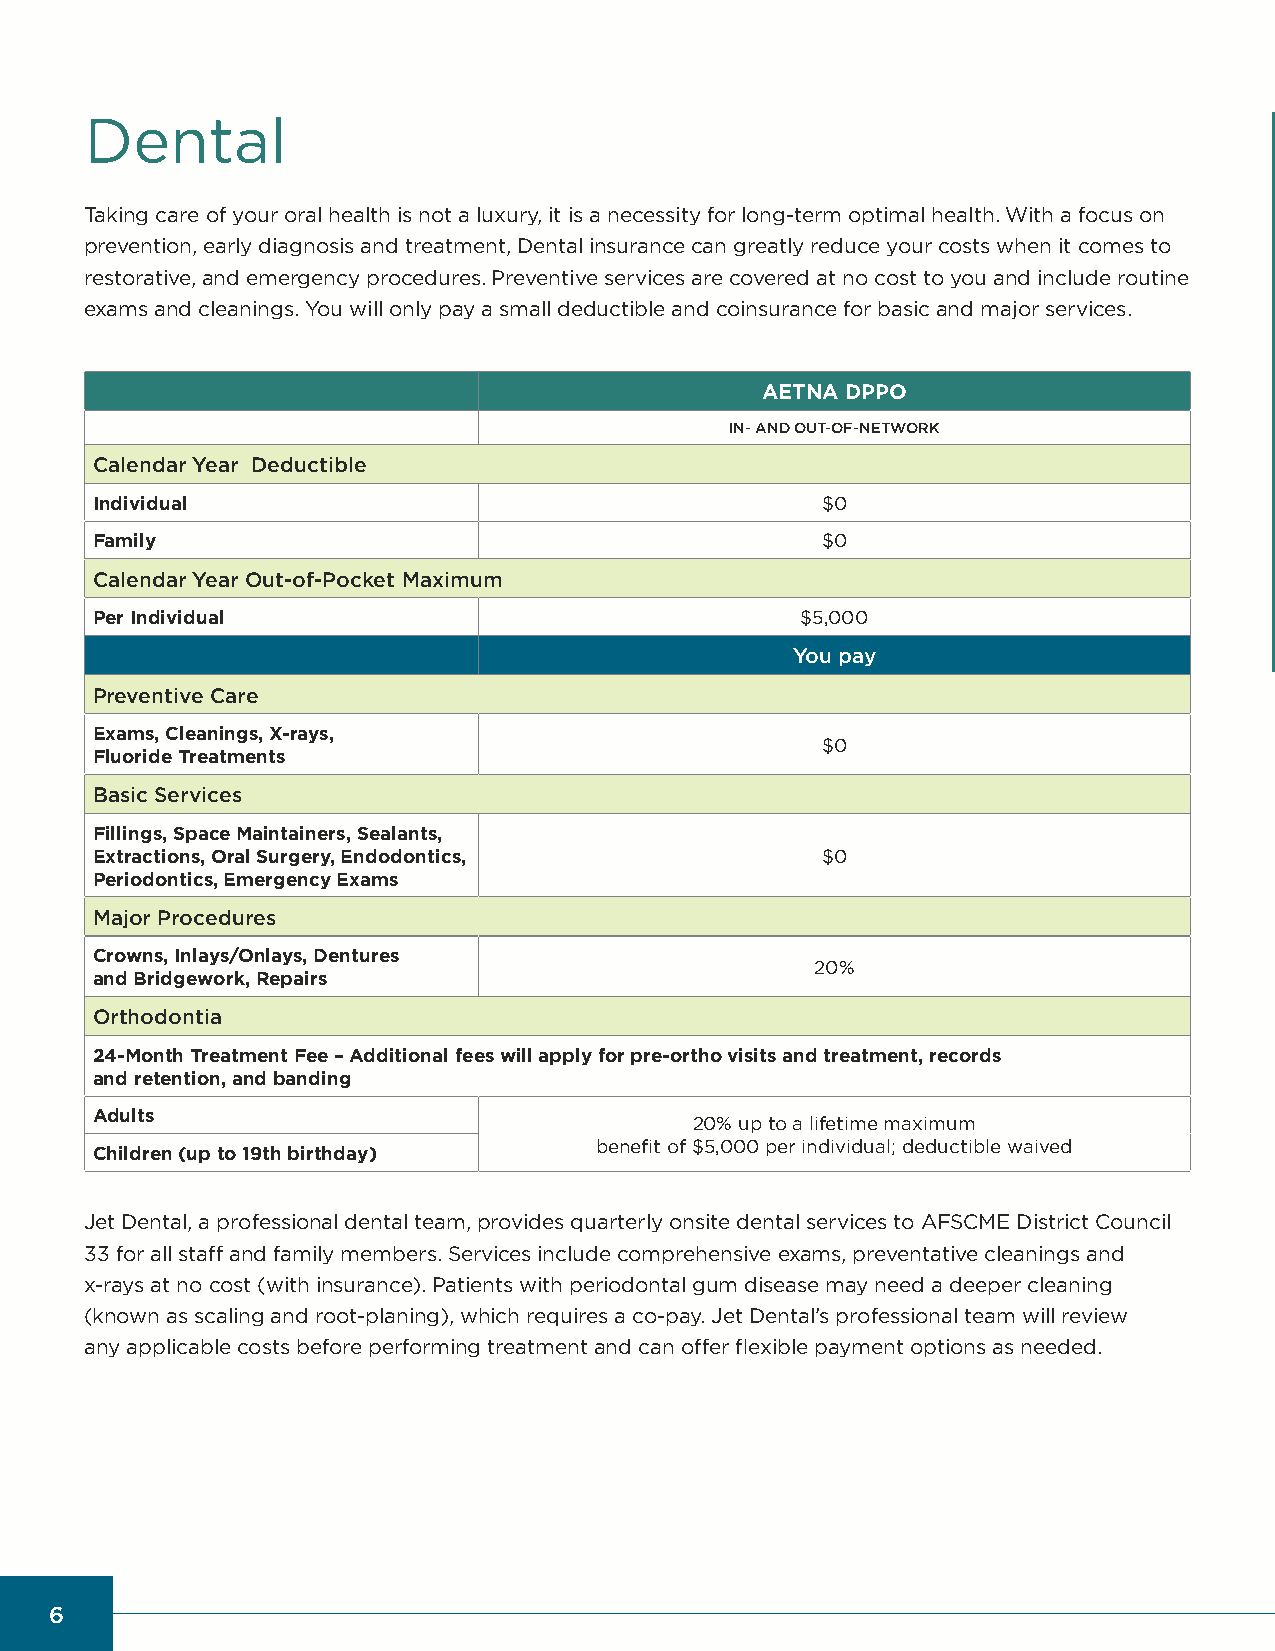
Dental
 Taking care of your oral health is not a luxury, it is a necessity for long-term optimal health . With a focus on
 prevention, early diagnosis and treatment, Dental insurance can greatly reduce your costs when it comes to
 restorative, and emergency procedures . Preventive services are covered at no cost to you and include routine
 exams and cleanings . You will only pay a small deductible and coinsurance for basic and major services .
 AETNA DPPO
 IN- AND OUT-OF-NETWORK
 Calendar Year Deductible
 Individual                                      $0
 Family                                          $0
 Calendar Year Out-of-Pocket Maximum
 Per Individual                                 $5,000
 You pay
 Preventive Care
 Exams, Cleanings, X-rays,
 $0
 Fluoride Treatments
 Basic Services
 Fillings, Space Maintainers, Sealants,
 Extractions, Oral Surgery, Endodontics,         $0
 Periodontics, Emergency Exams
 Major Procedures
 Crowns, Inlays/Onlays, Dentures
 20%
 and Bridgework, Repairs
 Orthodontia
 24-Month Treatment Fee – Additional fees will apply for pre-ortho visits and treatment, records
 and retention, and banding
 Adults
 20% up to a lifetime maximum
 benefit of $5,000 per individual; deductible waived
 Children (up to 19th birthday)
 Jet Dental, a professional dental team, provides quarterly onsite dental services to AFSCME District Council
 33 for all staff and family members . Services include comprehensive exams, preventative cleanings and
 x-rays at no cost (with insurance) . Patients with periodontal gum disease may need a deeper cleaning
 (known as scaling and root-planing), which requires a co-pay . Jet Dental’s professional team will review
 any applicable costs before performing treatment and can offer flexible payment options as needed .
 6